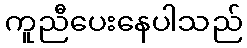
ကူညီပေးနေပါသည်